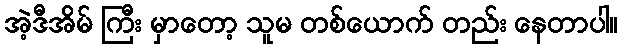
အဲ့ဒီအိမ် ကြီး မှာတော့ သူမ တစ်ယောက် တည်း နေတာပါ။